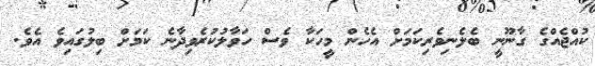
ކުއްޖެއްގެ ގާނޫނީ ބެލެނިވެރިކަމަށް އެހެން މީހަކާ ވެސް ހަވާލުކުރެވިދާނެ ކަމަށް ބިލުގައިވެ އެވެ.